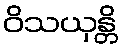
ဝိသယှန္တိ